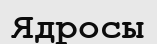
Ядросы